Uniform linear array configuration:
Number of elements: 16
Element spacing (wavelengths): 0.5
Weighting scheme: hamming
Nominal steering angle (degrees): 15
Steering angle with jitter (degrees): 16.616
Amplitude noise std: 0.05
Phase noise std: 0.05

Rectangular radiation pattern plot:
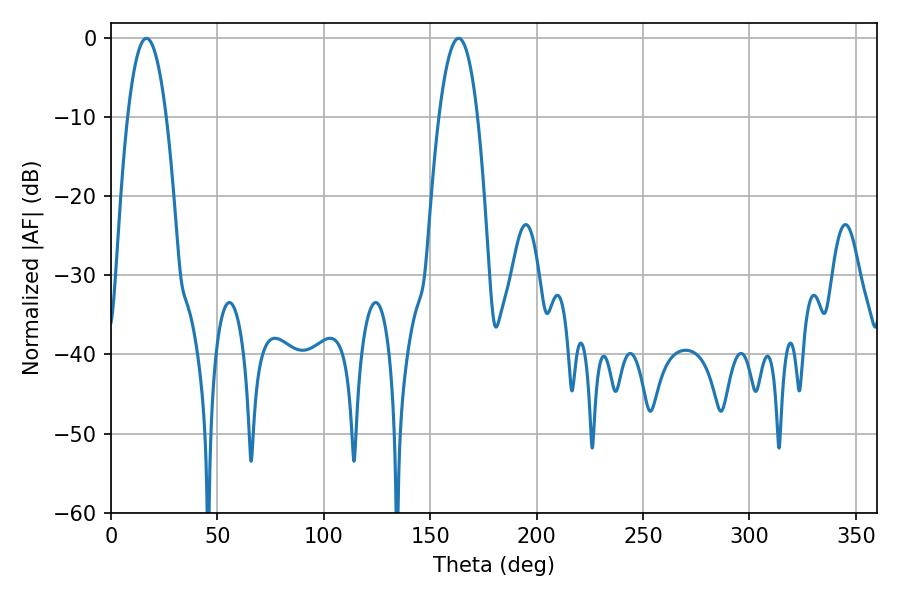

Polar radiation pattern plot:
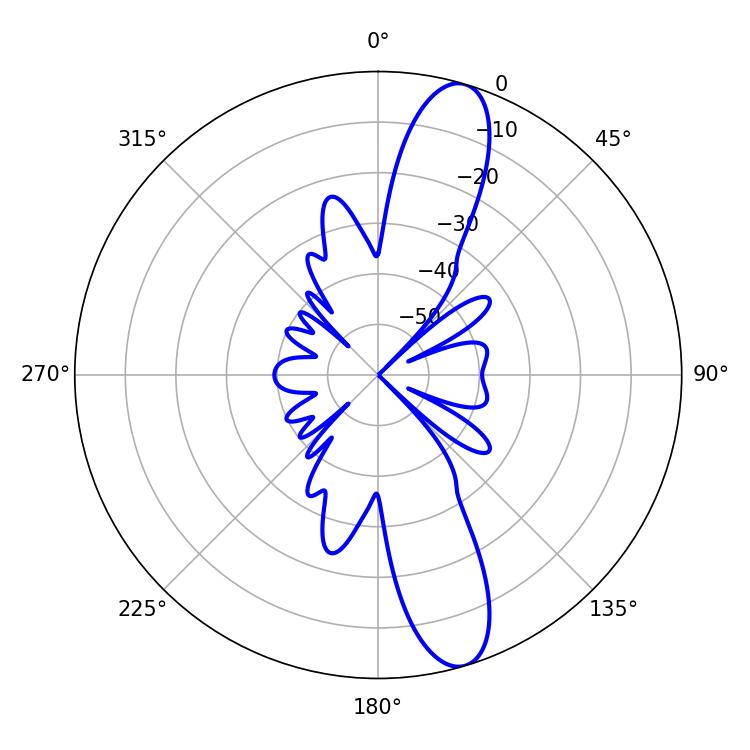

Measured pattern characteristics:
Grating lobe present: FALSE
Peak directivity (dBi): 12.683
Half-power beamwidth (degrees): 10.08
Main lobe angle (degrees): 16.74